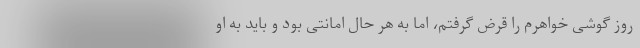
روز گوشی خواهرم را قرض گرفتم، اما به هر حال امانتی بود و باید به او